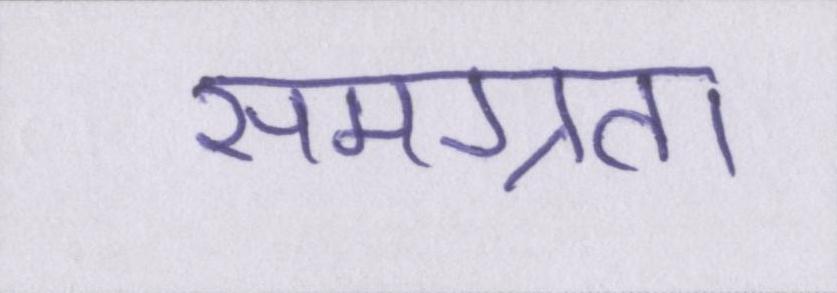
समग्रता